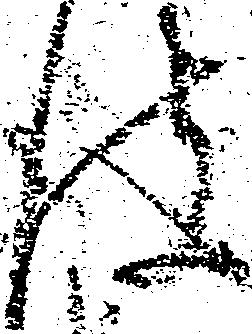
彼